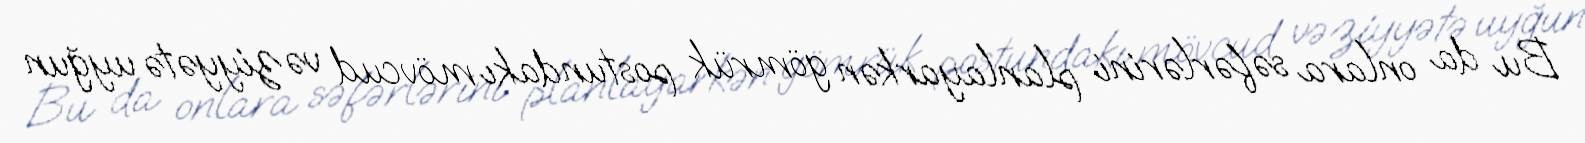
Bu da onlara səfərlərini planlayarkən gömrük postundakı mövcud vəziyyətə uyğun